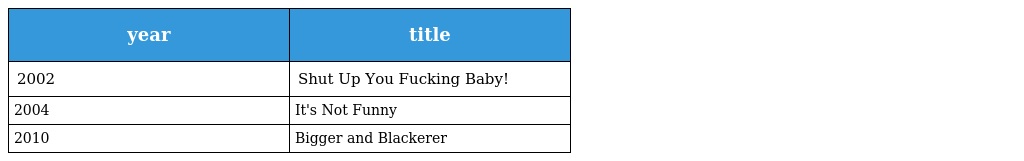
| year | title |
 | --- | --- |
 | 2002 | Shut Up You Fucking Baby! |
 | 2004 | It's Not Funny |
 | 2010 | Bigger and Blackerer |